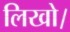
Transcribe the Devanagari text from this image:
लिखो।